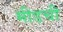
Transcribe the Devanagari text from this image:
मीडची